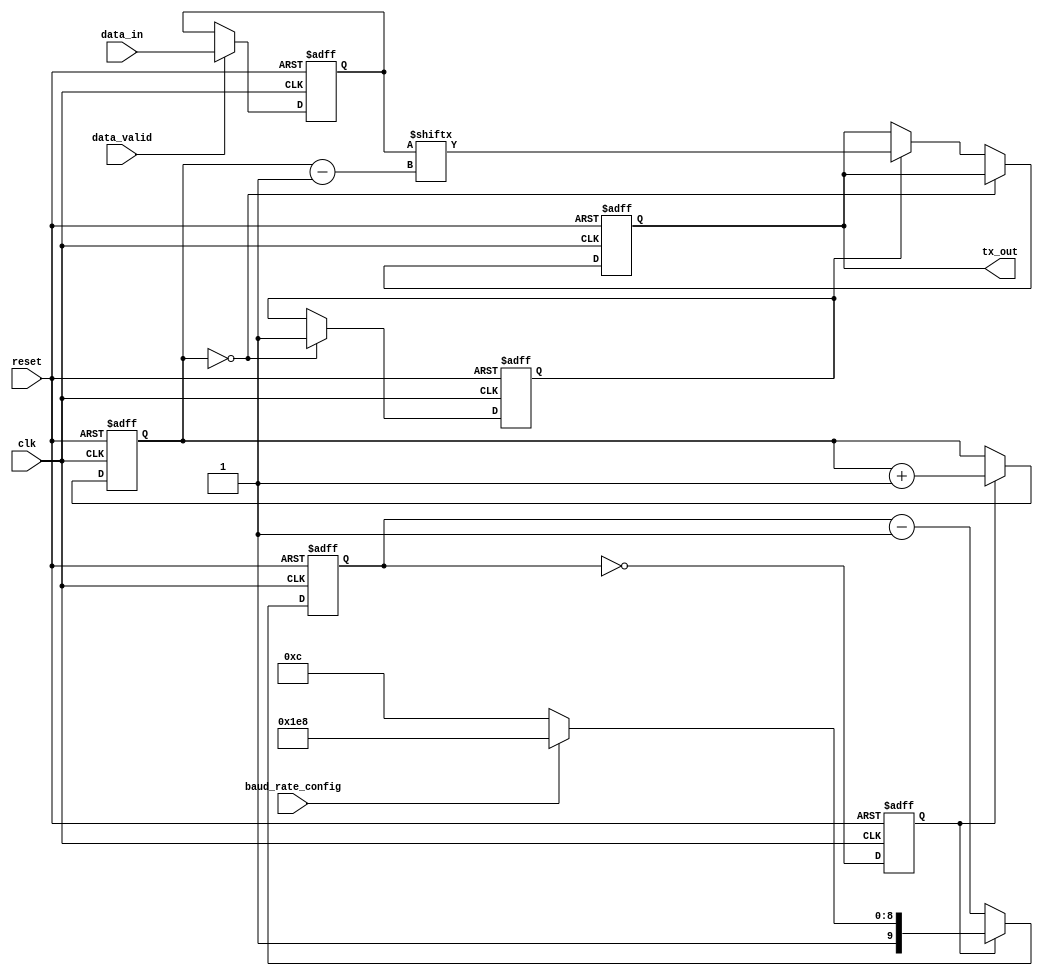
module uart_transmitter (
    input wire clk,
    input wire reset,
    input wire [7:0] data_in,
    input wire data_valid,
    input wire baud_rate_config,
    output reg tx_out
);

reg [7:0] data_buffer;
reg baud_clk;
reg [9:0] baud_counter;
reg start_bit;
reg stop_bit;
reg [2:0] bit_counter;
reg transmit_enable;

always @ (posedge clk or posedge reset) begin
    if (reset) begin
        data_buffer <= 8'h00;
        baud_clk <= 1'b0;
        baud_counter <= 10'b0;
        start_bit <= 1'b1;
        stop_bit <= 1'b1;
        bit_counter <= 3'b0;
        transmit_enable <= 1'b0;
        tx_out <= 1'b1;
    end else begin
        data_buffer <= data_valid ? data_in : data_buffer;
        baud_clk <= baud_counter == 0;
        
        if (baud_clk) begin
            baud_counter <= baud_rate_config ? 10'b1111101000 : 10'b1000001100;
        end else begin
            baud_counter <= baud_counter - 1;
        end
        
        if (bit_counter == 0) begin
            start_bit <= 1'b0;
            transmit_enable <= 1'b1;
        end else if (bit_counter == 9) begin
            stop_bit <= 1'b1;
            transmit_enable <= 1'b0;
        end else begin
            if (transmit_enable) begin
                tx_out <= data_buffer[bit_counter - 1];
            end
        end
        
        if (baud_clk) begin
            bit_counter <= bit_counter + 1;
        end
    end
end

endmodule